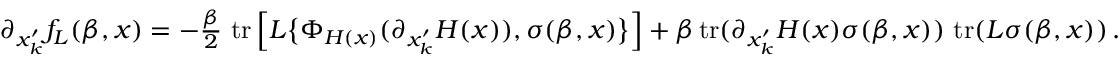
\begin{array} { r } { \partial _ { x _ { k } ^ { \prime } } f _ { L } ( \beta , x ) = - \frac { \beta } { 2 } \, \operatorname { t r } \Big [ L \big \{ \Phi _ { H ( x ) } ( \partial _ { x _ { k } ^ { \prime } } H ( x ) ) , \sigma ( \beta , x ) \big \} \Big ] + \beta \operatorname { t r } ( \partial _ { x _ { k } ^ { \prime } } H ( x ) \sigma ( \beta , x ) ) \, \operatorname { t r } ( L \sigma ( \beta , x ) ) \, . } \end{array}